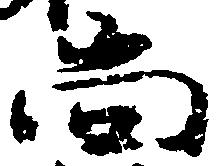
尚